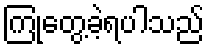
ကြုံတွေ့ခဲ့ရပါသည်